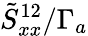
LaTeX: \tilde{S}_{xx}^{12}/\Gamma_{a}